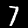
Label: 7